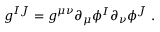
g ^ { I J } = g ^ { \mu \nu } \partial _ { \mu } \phi ^ { I } \partial _ { \nu } \phi ^ { J } \; .